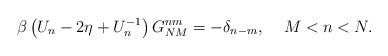
LaTeX: \begin{align*}\beta \left( U_n-2\eta +U_n^{-1}\right) G_{NM}^{nm}=-\delta_{n-m},\;\;\;\;M<n<N.\end{align*}